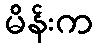
မိန်းက